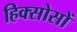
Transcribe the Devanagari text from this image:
हिक्सोसों